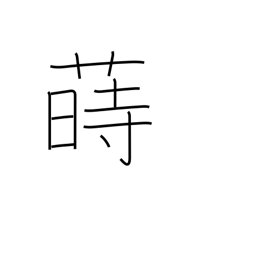
Meaning: sow (seeds)